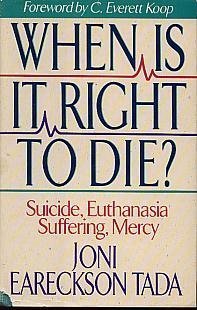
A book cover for When Is It Right to Die?: Suicide, Euthanasia, Suffering, Mercy; Joni Eareckson Tada; Medical Books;